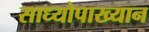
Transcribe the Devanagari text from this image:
साध्योपाख्यान